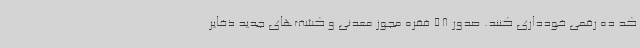
کد ده رقمی خودداری کنند. صدور 58 فقره مجوز معدنی و کشف‌های جدید ذخایر